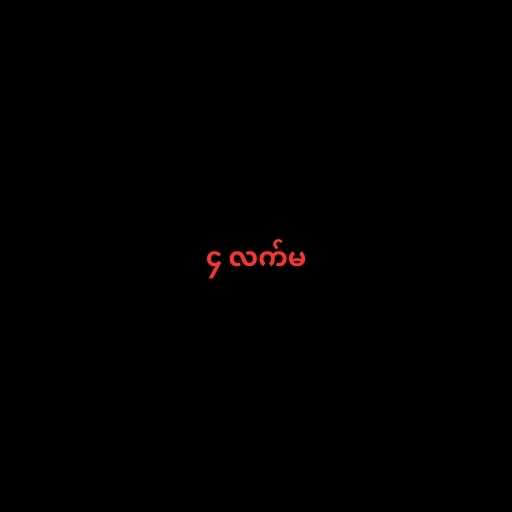
၄ လက်မ